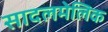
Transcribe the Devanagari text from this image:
सादलमेलिक